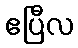
ဧပြီလ